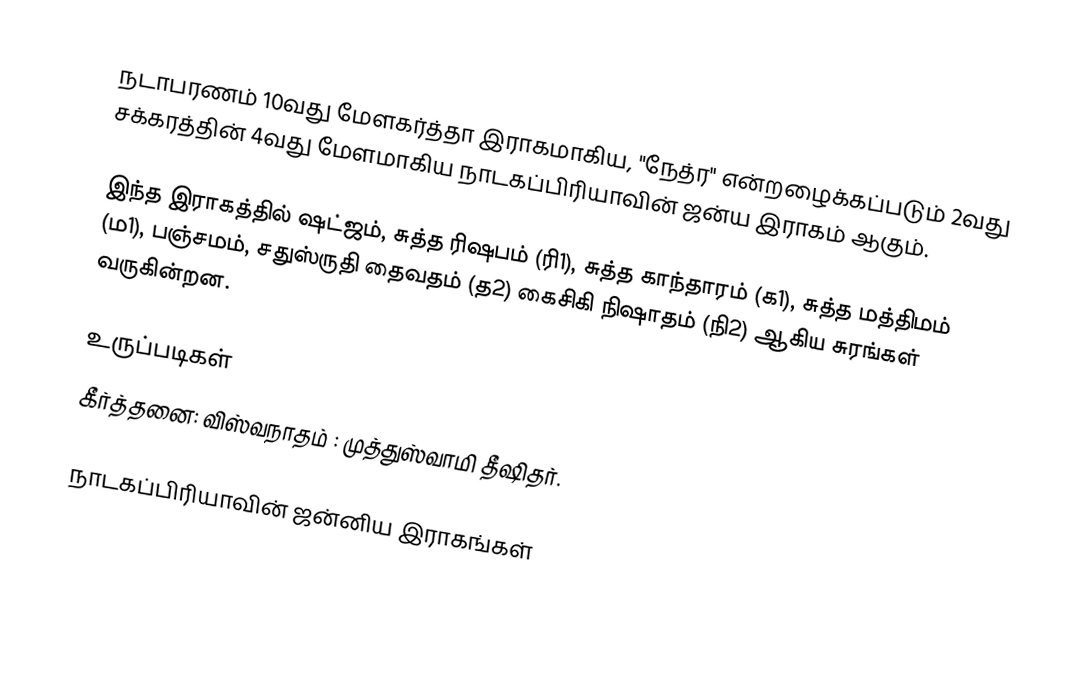
நடாபரணம் 10வது மேளகர்த்தா இராகமாகிய, "நேத்ர" என்றழைக்கப்படும் 2வது சக்கரத்தின் 4வது மேளமாகிய நாடகப்பிரியாவின் ஜன்ய இராகம் ஆகும்.

இந்த இராகத்தில் ஷட்ஜம், சுத்த ரிஷபம் (ரி1),  சுத்த காந்தாரம் (க1), சுத்த மத்திமம் (ம1), பஞ்சமம்,  சதுஸ்ருதி தைவதம் (த2) கைசிகி நிஷாதம்  (நி2) ஆகிய சுரங்கள் வருகின்றன.

உருப்படிகள்
 கீர்த்தனை: விஸ்வநாதம் : முத்துஸ்வாமி தீஷிதர்.

நாடகப்பிரியாவின் ஜன்னிய இராகங்கள்